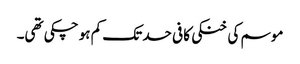
موسم کی خنکی کافی حد تک کم ہو چکی تھی۔